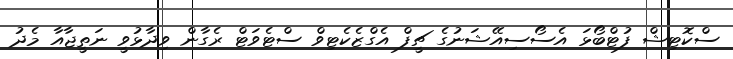
ސްކޮޓިޝް ފުޓްބޯޅަ އެސޯސިއޭޝަނުގެ ޗީފް އެގްޒެކެޓިވް ސްޓެވަޓް ރެގާން ވިދާޅުވީ ނަތީޖާއާ މެދު